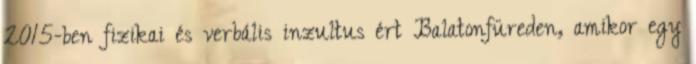
2015-ben fizikai és verbális inzultus ért Balatonfüreden, amikor egy